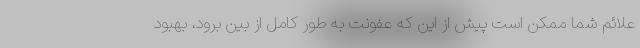
علائم شما ممکن است پیش از این که عفونت به طور کامل از بین برود، بهبود